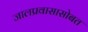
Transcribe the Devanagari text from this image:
जालप्रवासासोबत